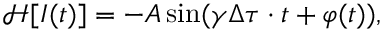
\mathcal { H } [ I ( t ) ] = - A \sin ( \gamma \Delta \tau \cdot t + \varphi ( t ) ) ,